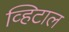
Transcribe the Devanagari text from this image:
व्हिटाल